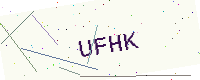
Text: UFHK